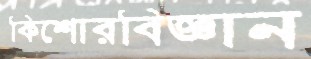
কিশোরবিজ্ঞান